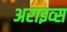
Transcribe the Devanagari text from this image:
अराइव्स